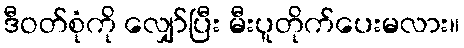
ဒီဝတ်စုံကို လျှော်ပြီး မီးပူတိုက်ပေးမလား။